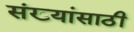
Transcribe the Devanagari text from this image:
संख्यांसाठी